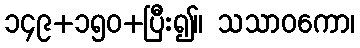
၁၄၉+၁၅၀+ပြီး၍။ သသာဝကော၊